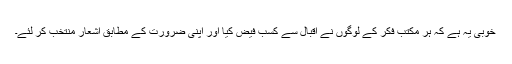
خوبی یہ ہے كہ ہر مكتبِ فكر كے لوگوں نے اقبال سے كسبِ فیض كیا اور اپنی ضرورت كے مطابق اشعار منتخب كر لئے۔